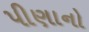
પીણાનો